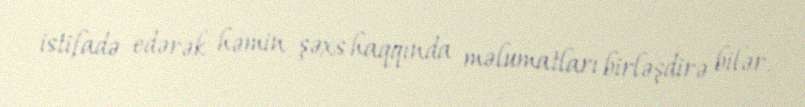
istifadə edərək həmin şəxs haqqında məlumatları birləşdirə bilər.